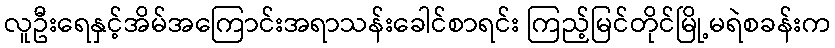
လူဦးရေနှင့်အိမ်အကြောင်းအရာသန်းခေါင်စာရင်း ကြည့်မြင်တိုင်မြို့မရဲစခန်းက